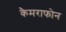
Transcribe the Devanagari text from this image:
कैमराफोन